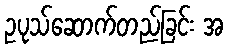
ဥပုသ်ဆောက်တည်ခြင်း အ